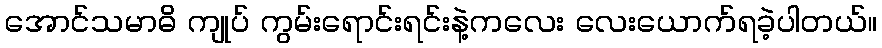
အောင်သမာဓိ ကျုပ် ကွမ်းရောင်းရင်းနဲ့ကလေး လေးယောက်ရခဲ့ပါတယ်။